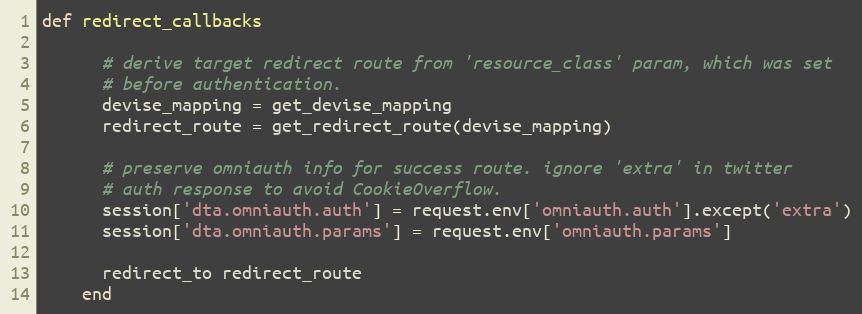
Language: Ruby
def redirect_callbacks

      # derive target redirect route from 'resource_class' param, which was set
      # before authentication.
      devise_mapping = get_devise_mapping
      redirect_route = get_redirect_route(devise_mapping)

      # preserve omniauth info for success route. ignore 'extra' in twitter
      # auth response to avoid CookieOverflow.
      session['dta.omniauth.auth'] = request.env['omniauth.auth'].except('extra')
      session['dta.omniauth.params'] = request.env['omniauth.params']

      redirect_to redirect_route
    end